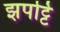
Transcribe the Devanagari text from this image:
झपट्टि